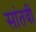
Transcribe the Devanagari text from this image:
सांतवीं